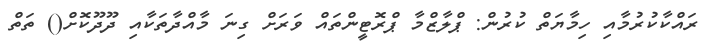
ރައްކާކުރުމާއި ހިމާޔަތް ކުރުން: ޕްލާޒްމާ ޕްރޮޓީންތައް ވަރަށް ގިނަ މާއްދާތަކާއި ދޫދޫކޮށް() ތަތް